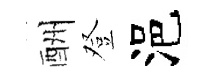
酬登浥